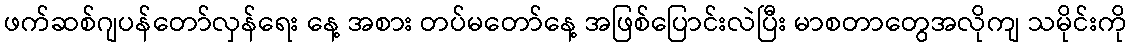
ဖက်ဆစ်ဂျပန်တော်လှန်ရေး နေ့ အစား တပ်မတော်နေ့ အဖြစ်ပြောင်းလဲပြီး မာစတာတွေအလိုကျ သမိုင်းကို